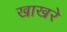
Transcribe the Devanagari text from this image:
खाखरे